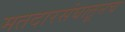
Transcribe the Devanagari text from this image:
मतदारसंघातूनच